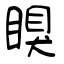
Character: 瞁